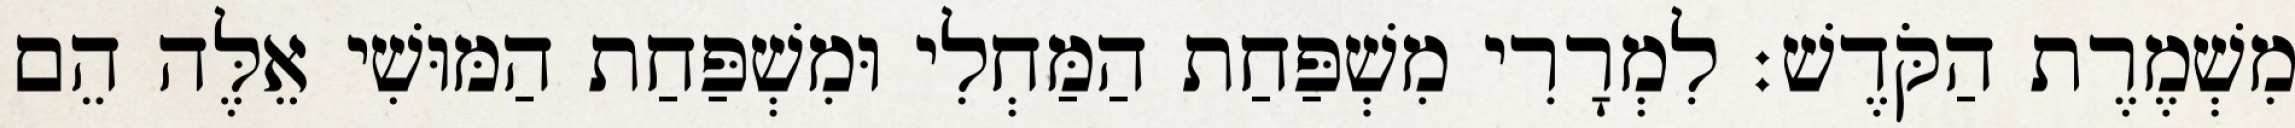
מִשְׁמֶרֶת הַקֹּדֶשׁ׃ לִמְרָרִי מִשְׁפַּחַת הַמַּחְלִי וּמִשְׁפַּחַת הַמּוּשִׁי אֵלֶּה הֵם